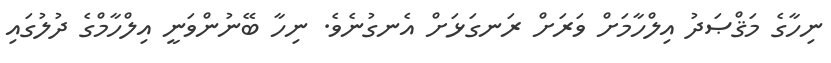
ނިހާގެ މަޤްޞަދު އިލްހާމަށް ވަރަށް ރަނގަޅަށް އެނގުނެވެ. ނިހާ ބޭނުންވަނީ އިލްހާމްގެ ދުލުގައި